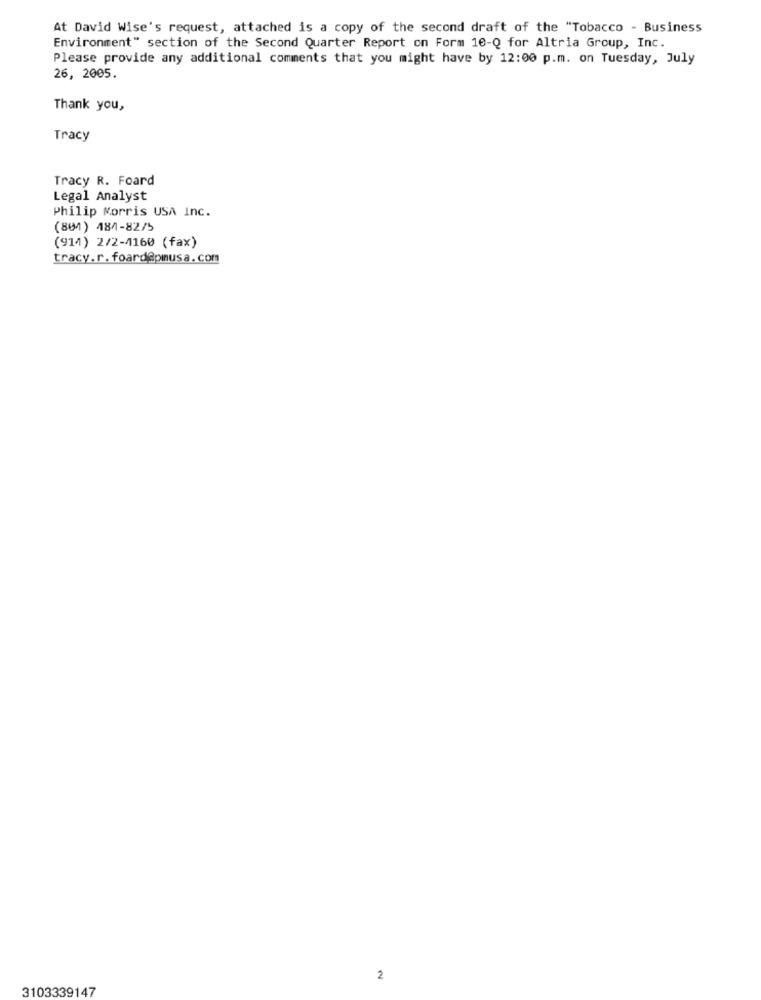
At David Wise's request, attached is a copy of the second draft of the "Tobacco - Business
Environment" section of the Second Quarter Report on Form 10-Q for Altria Group, Inc.
Please provide any additional comments that you might have by 12:00 p.m. on Tuesday, July
26, 2005.
Thank you,
Tracy
Tracy R. Foard
Legal Analyst
Philip Morris USA Inc.
(801) 484-82/5
(914) 2/2-4160 (fax)
tracy.r. foard@pmusa.com
2
3103339147